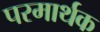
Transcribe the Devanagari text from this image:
परमार्थक